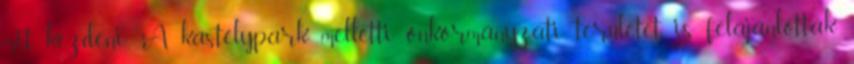
mit kezdeni”. A kastélypark melletti önkormányzati területet is felajánlották